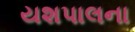
યશપાલના